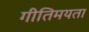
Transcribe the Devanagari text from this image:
गीतिमयता